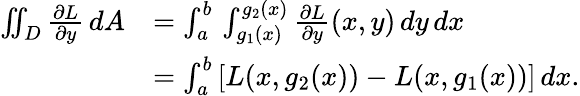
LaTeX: {\begin{array}{rl}{\iint_{D}{\frac{\partial L}{\partial y}}\, dA}&{=\int_{a}^{b}\, \int_{g_{1}(x)}^{g_{2}(x)}{\frac{\partial L}{\partial y}}(x,y)\, dy\, dx}\\ &{=\int_{a}^{b}\left[L(x,g_{2}(x))-L(x,g_{1}(x))\right]\, dx.}\end{array}}